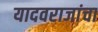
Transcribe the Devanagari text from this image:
यादवराजांचा